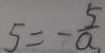
5 = - \frac { 5 } { a }